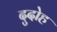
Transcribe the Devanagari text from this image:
दुदोह